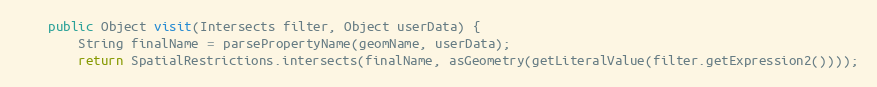
Language: Java
	public Object visit(Intersects filter, Object userData) {
		String finalName = parsePropertyName(geomName, userData);
		return SpatialRestrictions.intersects(finalName, asGeometry(getLiteralValue(filter.getExpression2())));